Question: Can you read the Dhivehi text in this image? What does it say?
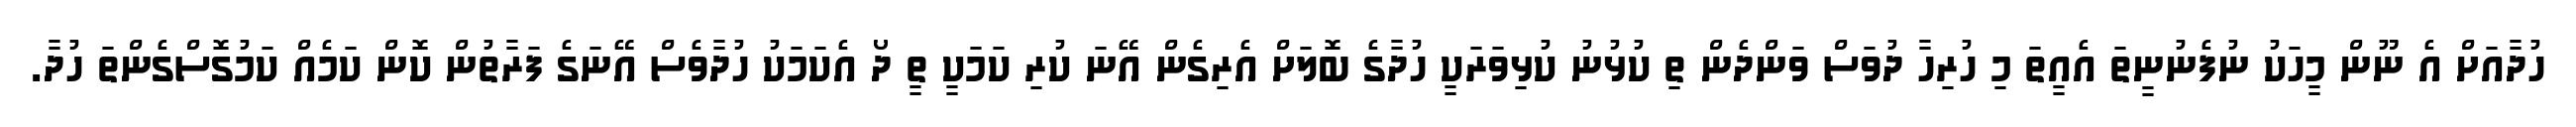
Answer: ހުދާއަށް އެ ނޫން މީހަކު ނުފެނުނީތަ އެއީތަ މި ހުރިހާ ދުވަސް ވަންދެން ތި ކުޅުނު ކުޅިވަރަކީ ހުދާގެ ބޮލަށް އެރިގެން އޭނަ ކުރި ކަމަކީ ތީ ދޯ އެކަމަކު ހުދާވެސް އޭނަގެ ފަރާތުން ކޮން ކަމެއް ކަމުގޮސްގެންތަ ހުދާ.